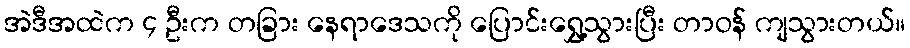
အဲဒီအထဲက ၄ ဦးက တခြား နေရာဒေသကို ပြောင်းရွှေ့သွားပြီး တာဝန် ကျသွားတယ်။